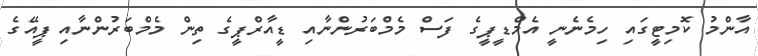
އާންމު ކޮމިޓީގައި ހިމެނެނީ އެމްޑީޕީގެ ފަސް މެމްބަރުންނާއި ޑީއާރްޕީގެ ތިން މެމްބަރުންނާއި ޕީއޭގެ